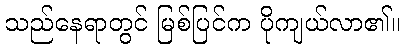
သည်နေရာတွင် မြစ်ပြင်က ပိုကျယ်လာ၏။